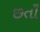
છતાઁ